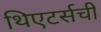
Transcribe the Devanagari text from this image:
थिएटर्सची